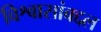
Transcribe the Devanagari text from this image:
विश्वासांबद्दल